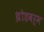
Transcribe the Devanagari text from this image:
थ्रोडवर्म